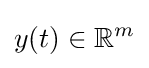
y(t)\in \mathbb {R} ^{m}